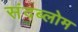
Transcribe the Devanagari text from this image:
संदब्लोम